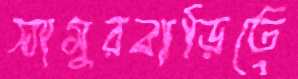
সামুরবাড়িতে